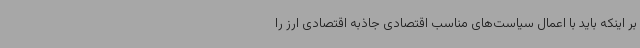
بر اینکه باید با اعمال سیاست‌های مناسب اقتصادی جاذبه اقتصادی ارز را